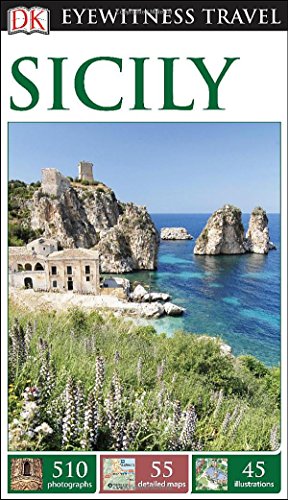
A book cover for DK Eyewitness Travel Guide: Sicily; DK Publishing; Travel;